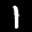
Label: 1